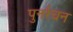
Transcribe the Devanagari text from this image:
पुनर्रचन